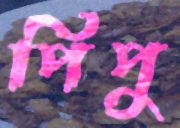
পিপু